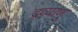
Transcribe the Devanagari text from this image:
द्रव्याणु